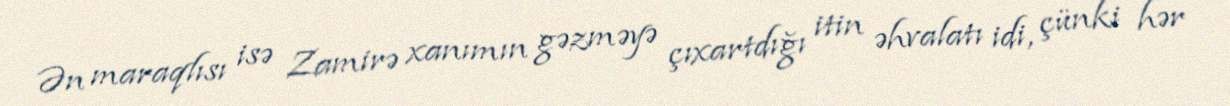
Ən maraqlısı isə Zamirə xanımın gəzməyə çıxartdığı itin əhvalatı idi, çünki hər